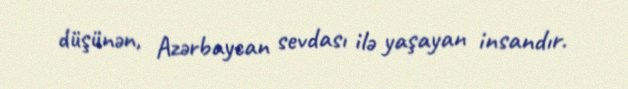
düşünən, Azərbaycan sevdası ilə yaşayan insandır.